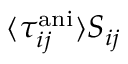
\langle \tau _ { i j } ^ { \mathrm { a n i } } \rangle S _ { i j }